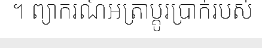
។ ព្យាករណ៍អត្រាប្តូរប្រាក់របស់